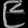
Digit: ၉